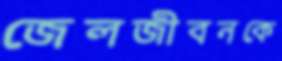
জেলজীবনকে